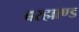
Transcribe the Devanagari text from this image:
बरह्माण्ड